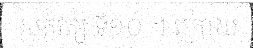
សតវត្ស ទី១០ ។ ក្រោយ